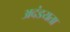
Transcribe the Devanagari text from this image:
अदंडयता